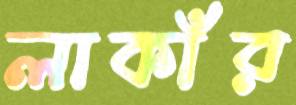
লাকাঁর